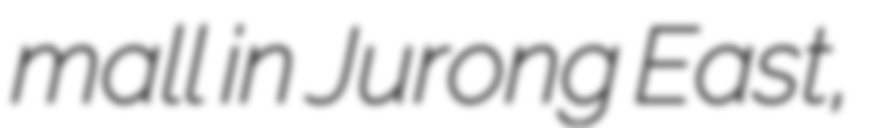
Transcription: mall in Jurong East,